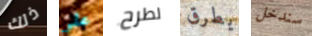
ذلك علي لطرح يطرق سندخل